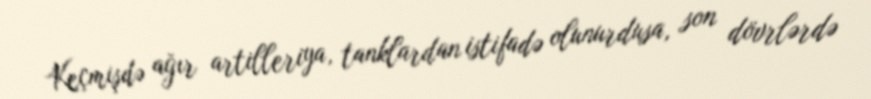
Keçmişdə ağır artilleriya, tanklardan istifadə olunurdusa, son dövrlərdə